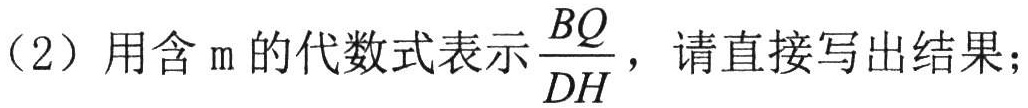
（2）用含\(m\)的代数式表示\(\frac{BQ}{DH}\)，请直接写出结果；